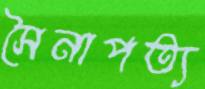
সৈনাপত্য